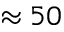
\approx 5 0